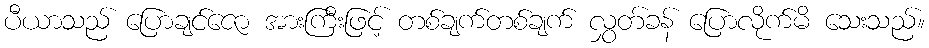
ပီယာသည် ပြောချင်ဇော အားကြီးဖြင့် တစ်ချက်တစ်ချက် လွှတ်ခန် ပြောလိုက်မိ သေးသည်။